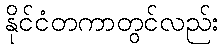
နိုင်ငံတကာတွင်လည်း